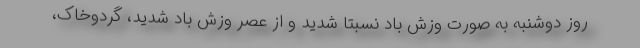
روز دوشنبه به صورت وزش باد نسبتا شدید و از عصر وزش باد شدید، گردوخاک،